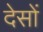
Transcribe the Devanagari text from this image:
देसों